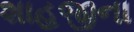
શાહજીના